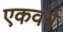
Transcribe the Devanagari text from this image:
एकवर्ग